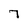
Character: 7